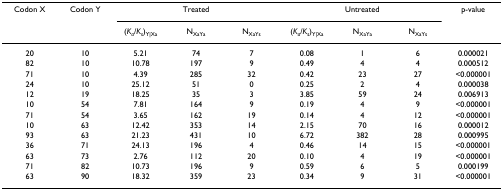
<table><thead><tr><td><b>Codon X</b></td><td><b>Codon Y</b></td><td colspan="3"><b>Treated</b></td><td colspan="3"><b>Untreated</b></td><td><b>p-value</b></td></tr><tr><td></td><td></td><td><b>(<i>K</i><sub><i>a</i></sub>/<i>K</i><sub><i>s</i></sub>)<sub>Y|Xa</sub></b></td><td><b>N<sub>XaYa</sub></b></td><td><b>N<sub>XaYs</sub></b></td><td><b>(<i>K</i><sub><i>a</i></sub>/<i>K</i><sub><i>s</i></sub>)<sub>Y|Xa</sub></b></td><td><b>N<sub>XaYa</sub></b></td><td><b>N<sub>XaYs</sub></b></td><td></td></tr></thead><tbody><tr><td>20</td><td>10</td><td>5.21</td><td>74</td><td>7</td><td>0.08</td><td>1</td><td>6</td><td>0.000021</td></tr><tr><td>82</td><td>10</td><td>10.78</td><td>197</td><td>9</td><td>0.49</td><td>4</td><td>4</td><td>0.000512</td></tr><tr><td>71</td><td>10</td><td>4.39</td><td>285</td><td>32</td><td>0.42</td><td>23</td><td>27</td><td>&lt;0.000001</td></tr><tr><td>24</td><td>10</td><td>25.12</td><td>51</td><td>0</td><td>0.25</td><td>2</td><td>4</td><td>0.000038</td></tr><tr><td>12</td><td>19</td><td>18.25</td><td>35</td><td>3</td><td>3.85</td><td>59</td><td>24</td><td>0.006913</td></tr><tr><td>10</td><td>54</td><td>7.81</td><td>164</td><td>9</td><td>0.19</td><td>4</td><td>9</td><td>&lt;0.000001</td></tr><tr><td>71</td><td>54</td><td>3.65</td><td>162</td><td>19</td><td>0.14</td><td>4</td><td>12</td><td>&lt;0.000001</td></tr><tr><td>10</td><td>63</td><td>12.42</td><td>353</td><td>14</td><td>2.15</td><td>70</td><td>16</td><td>0.000012</td></tr><tr><td>93</td><td>63</td><td>21.23</td><td>431</td><td>10</td><td>6.72</td><td>382</td><td>28</td><td>0.000995</td></tr><tr><td>36</td><td>71</td><td>24.13</td><td>196</td><td>4</td><td>0.46</td><td>14</td><td>15</td><td>&lt;0.000001</td></tr><tr><td>63</td><td>73</td><td>2.76</td><td>112</td><td>20</td><td>0.10</td><td>4</td><td>19</td><td>&lt;0.000001</td></tr><tr><td>71</td><td>82</td><td>10.73</td><td>196</td><td>9</td><td>0.59</td><td>6</td><td>5</td><td>0.000199</td></tr><tr><td>63</td><td>90</td><td>18.32</td><td>359</td><td>23</td><td>0.34</td><td>9</td><td>31</td><td>&lt;0.000001</td></tr></tbody></table>